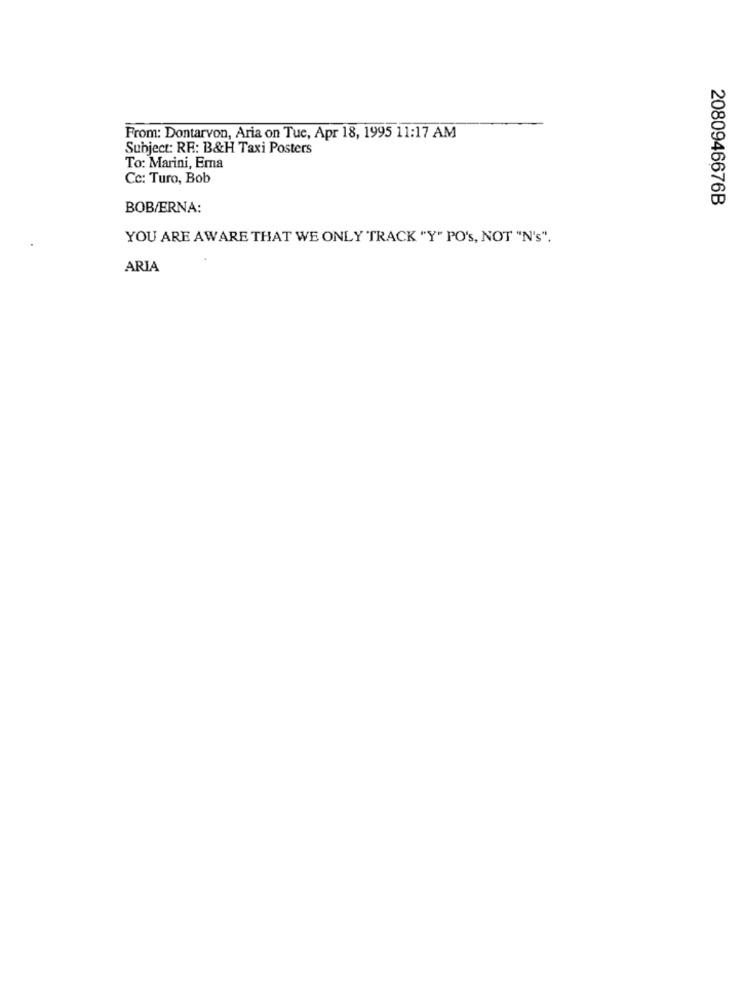
From: Dontarvon, Aria on Tue, Apr 18, 1995 11:17 AM
Subject: RE: B&H Taxi Posters
To: Marini, Ema
Cc: Turo, Bob
2080946676B
BOB/ERNA:
YOU ARE AWARE THAT WE ONLY TRACK "Y" PO'S, NOT "N's".
ARIA